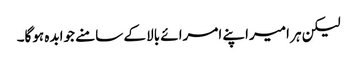
لیکن ہر امیراپنے امرائے بالا کے سامنے جوابدہ ہوگا۔